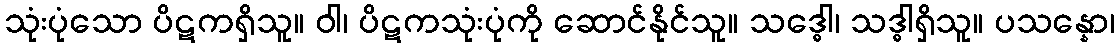
သုံးပုံသော ပိဋကရှိသူ။ ဝါ၊ ပိဋကသုံးပုံကို ဆောင်နိုင်သူ။ သဒ္ဓေါ၊ သဒ္ဓါရှိသူ။ ပသန္နော၊